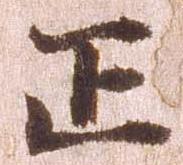
正